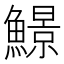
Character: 𩻱